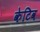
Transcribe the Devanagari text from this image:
केटिव